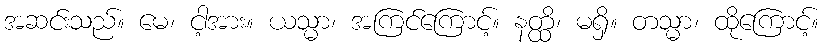
အဆင်းသည်။ မေ၊ ငါ့အား။ ယသ္မာ၊ အကြင်ကြောင့်။ နတ္ထိ၊ မရှိ။ တသ္မာ၊ ထိုကြောင့်။